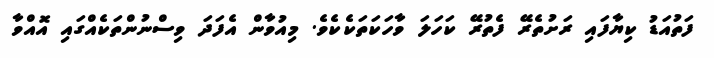
ފަތުއަޑު ކިޔާފައި ރަށުތެރޭ ފެތުރޭ ކަހަލަ ވާހަކަތަކެކެވެ. މިއުވާން އެފަދަ ވިސްނުންތަކެއްގައި އޮއްވާ